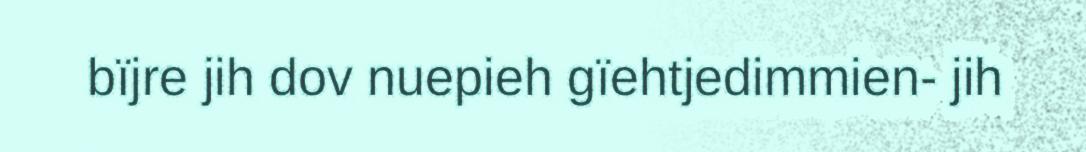
bïjre jih dov nuepieh gïehtjedimmien- jih